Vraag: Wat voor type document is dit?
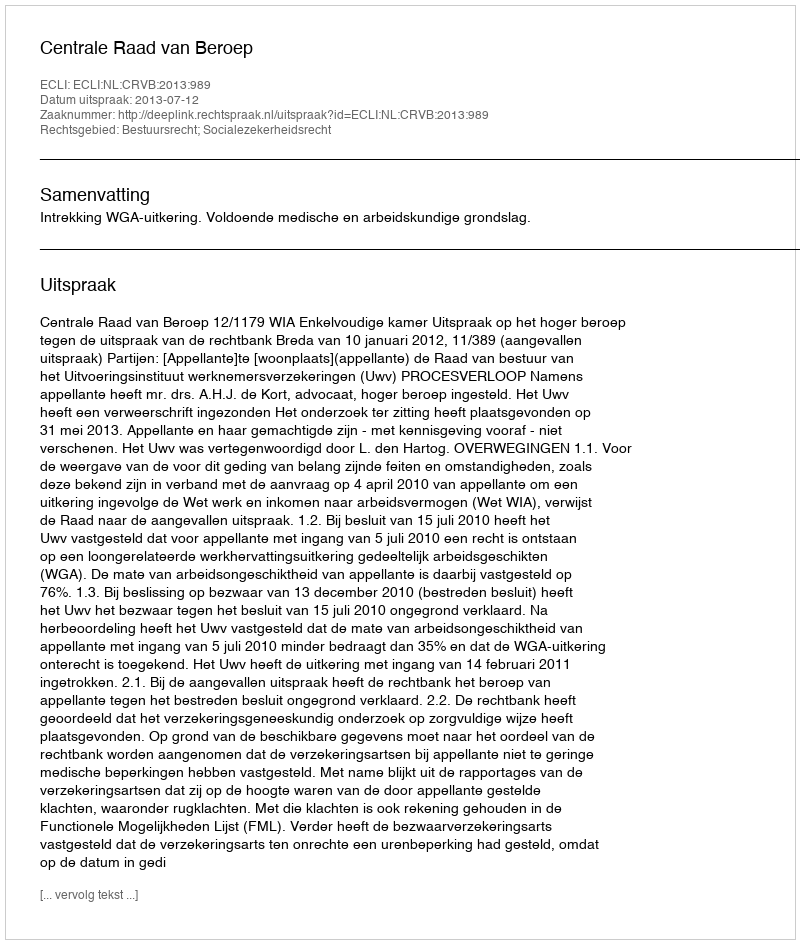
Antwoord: Uitspraak